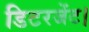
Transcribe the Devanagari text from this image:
डिटरजेंट।